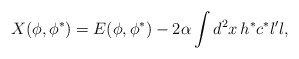
\begin{align*}X(\phi ,\phi ^{\ast })=E(\phi ,\phi ^{\ast })-2\alpha \int d^{2}x\,h^{\ast}c^{\ast }l^{\prime }l, \end{align*}